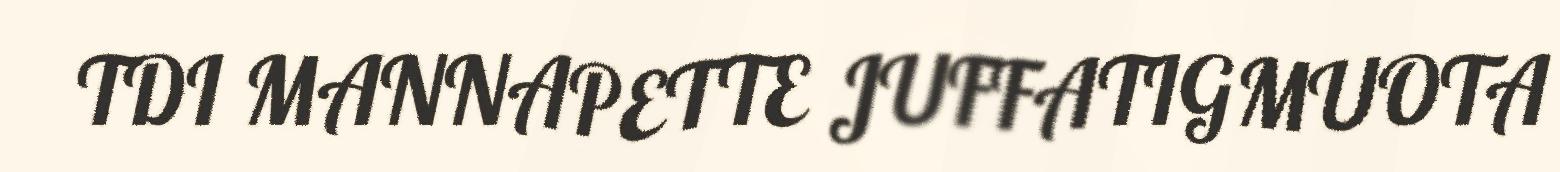
TDI MANNAPETTE JUFFATIGMUOTA